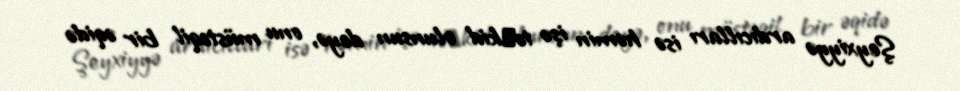
Şeyxiyyə ardıcılları isə həmin işə tə᾿kid olunsun deyə, onu müstəqil bir əqidə